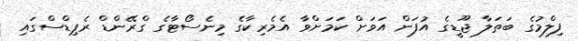
ފިލްމުގެ ބަތަލާ ޖޫޑީގެ އުފަން އަވަށް ކަމަށްވާ އެމެރިކާގެ މިނެސޯޓާގެ ގްރޭންޑް ރެޕިޑްސްގައި